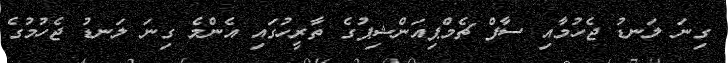
ގިނަ ލަނޑު ޖެހުމާއި ސާފް ޗެމްޕިއަންޝިޕުގެ ތާރީހުގައި އެންމެ ގިނަ ލަނޑު ޖެހުމުގެ